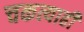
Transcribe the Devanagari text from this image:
चकत्याही